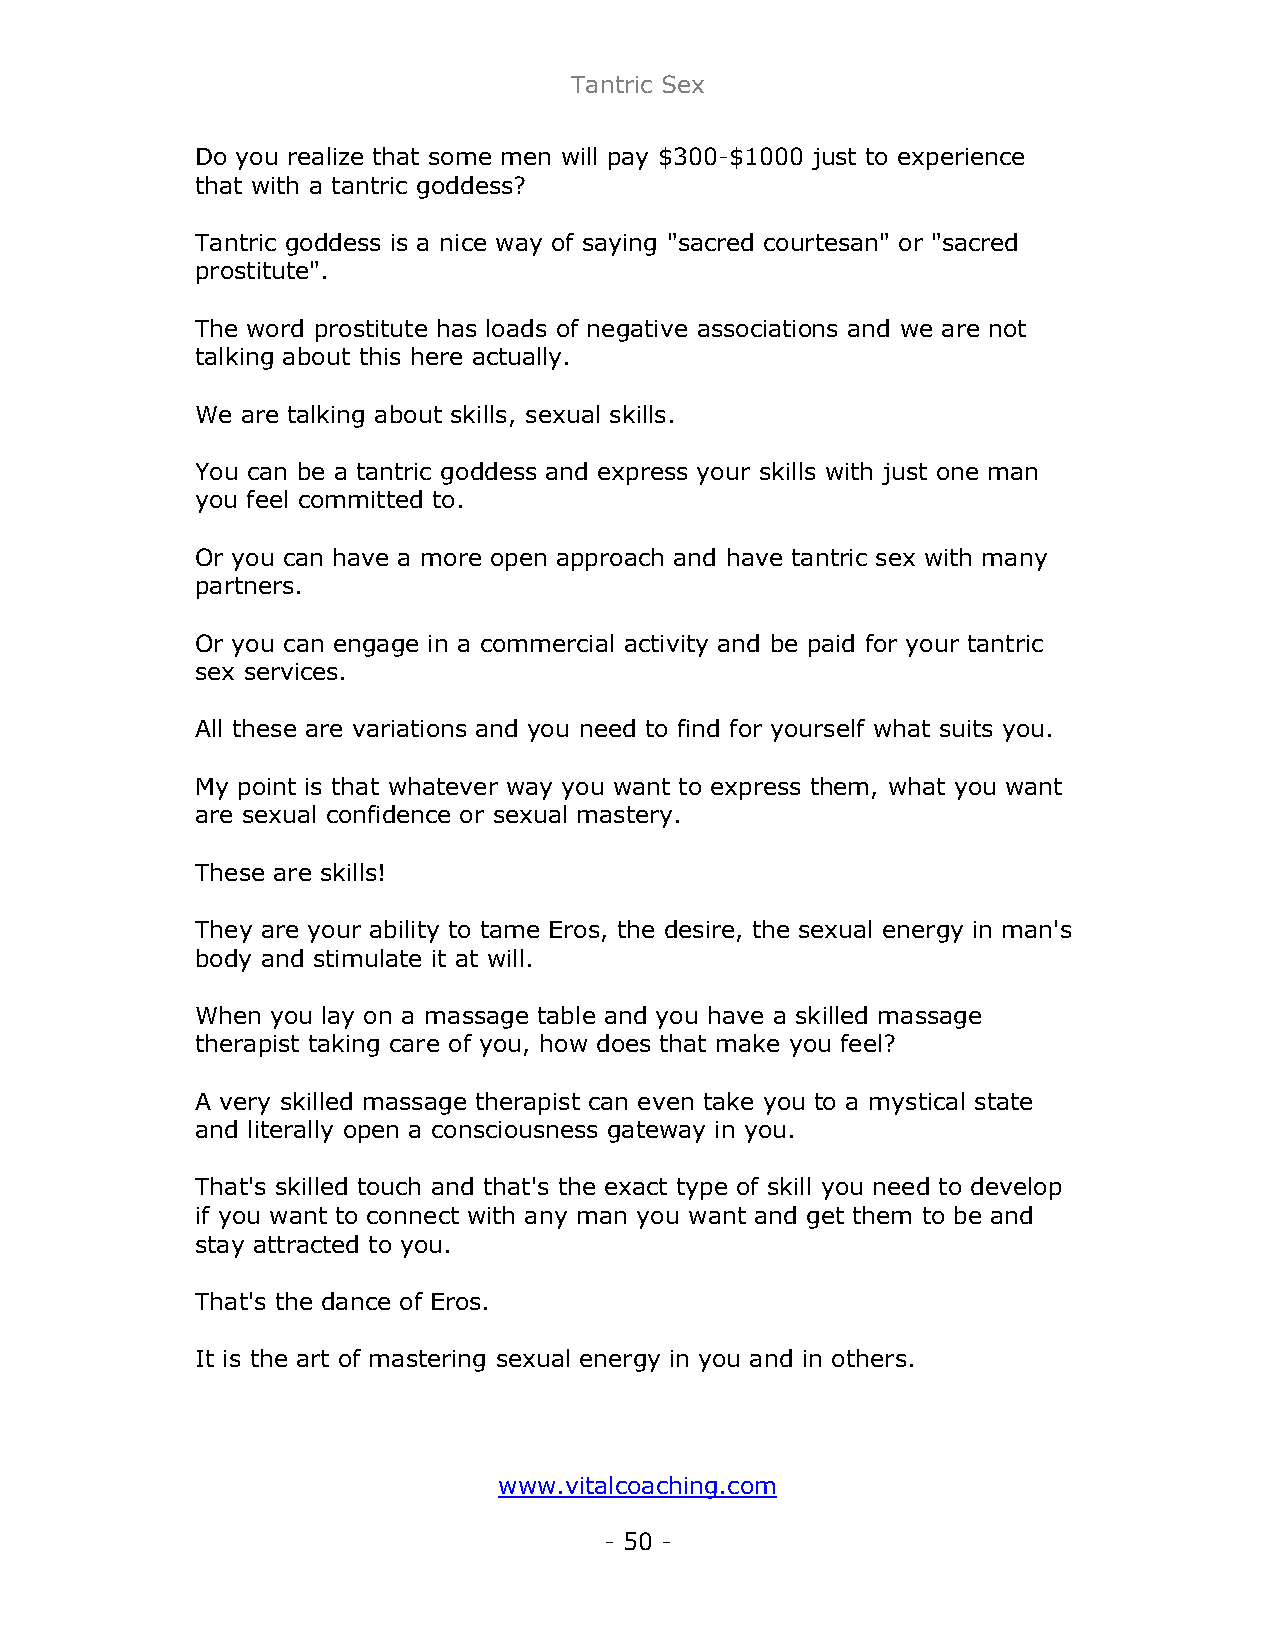
Tantric Sex
 Do you realize that some men will pay $300-$1000 just to experience
 that with a tantric goddess?
 Tantric goddess is a nice way of saying "sacred courtesan" or "sacred
 prostitute".
 The word prostitute has loads of negative associations and we are not
 talking about this here actually.
 We are talking about skills, sexual skills.
 You can be a tantric goddess and express your skills with just one man
 you feel committed to.
 Or you can have a more open approach and have tantric sex with many
 partners.
 Or you can engage in a commercial activity and be paid for your tantric
 sex services.
 All these are variations and you need to find for yourself what suits you.
 My point is that whatever way you want to express them, what you want
 are sexual confidence or sexual mastery.
 These are skills!
 They are your ability to tame Eros, the desire, the sexual energy in man's
 body and stimulate it at will.
 When you lay on a massage table and you have a skilled massage
 therapist taking care of you, how does that make you feel?
 A very skilled massage therapist can even take you to a mystical state
 and literally open a consciousness gateway in you.
 That's skilled touch and that's the exact type of skill you need to develop
 if you want to connect with any man you want and get them to be and
 stay attracted to you.
 That's the dance of Eros.
 It is the art of mastering sexual energy in you and in others.
 www.vitalcoaching.com
 - 50 -